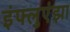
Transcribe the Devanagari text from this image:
इंफ्लुएंझा